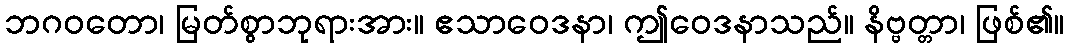
ဘဂဝတော၊ မြတ်စွာဘုရားအား။ ဧသာဝေဒနာ၊ ဤဝေဒနာသည်။ နိဗ္ဗတ္တာ၊ ဖြစ်၏။